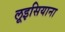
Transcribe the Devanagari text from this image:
लूइसियाना